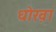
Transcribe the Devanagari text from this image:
धोख़ा